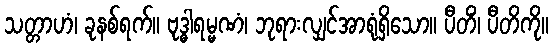
သတ္တာဟံ၊ ခုနစ်ရက်။ ဗုဒ္ဓါရမ္မဏံ၊ ဘုရားလျှင်အာရုံရှိသော။ ပီတိံ၊ ပီတိကို။